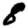
Digit: 8